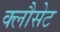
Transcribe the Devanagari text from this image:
क्लौसेट